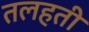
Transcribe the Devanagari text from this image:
तलहती